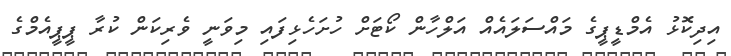
އިދިކޮޅު އެމްޑީޕީގެ މައްސަލައެއް އަލްހާން ކޯޓަށް ހުށަހެޅިފައި މިވަނީ ވެރިކަން ކުރާ ޕީޕީއެމްގެ